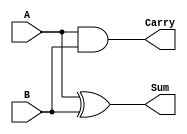
module half_adder (
    input A,
    input B,
    output Sum,
    output Carry
);

assign Sum = A ^ B;
assign Carry = A & B;

endmodule